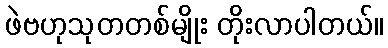
ဖဲဗဟုသုတတစ်မျိုး တိုးလာပါတယ်။